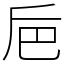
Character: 巵